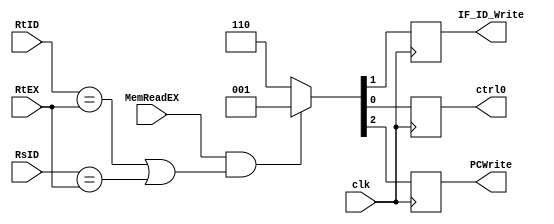
module HazardUnit(clk,RsID,RtID,RtEX,MemReadEX,PCWrite,IF_ID_Write,ctrl0);
	input clk,MemReadEX;
	input [4:0] RsID, RtID, RtEX;
	output reg PCWrite,IF_ID_Write,ctrl0;
	
	always @ (negedge clk) begin
		if(MemReadEX & ((RtID == RtEX) | (RsID == RtEX)))
			{PCWrite,IF_ID_Write,ctrl0} <= 3'b001;
		else
			{PCWrite,IF_ID_Write,ctrl0} <= 3'b110;
	end
endmodule